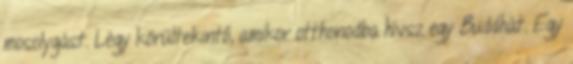
mosolygást. Légy körültekintő, amikor otthonodba hívsz egy Buddhát. Egy